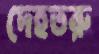
দেহতরু